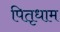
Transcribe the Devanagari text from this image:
पितृधाम